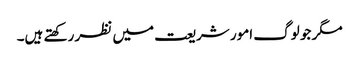
مگر جو لوگ امور شریعت میں نظر رکھتے ہیں۔